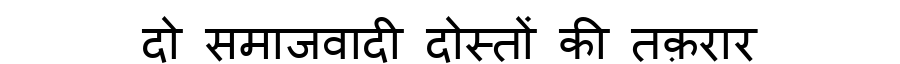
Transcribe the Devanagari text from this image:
दो समाजवादी दोस्तों की तक़रार